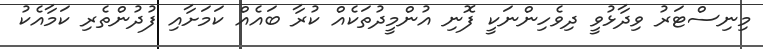
މިނިސްޓަރު ވިދާޅުވީ ދިވެހިންނަކީ ފޮނި އުންމީދުތަކެއް ކުރާ ބައެއް ކަމަށާއި ފުދުންތެރި ކަމާއެކު